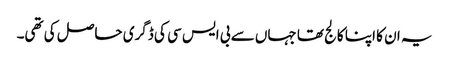
یہ ان کا اپنا کالج تھا جہاں سے بی ایس سی کی ڈگری حاصل کی تھی۔